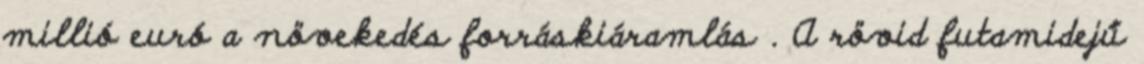
millió euró a növekedés forráskiáramlás . A rövid futamidejű